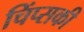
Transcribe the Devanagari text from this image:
चिंप्सकी